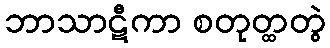
ဘာသာဋီကာ စတုတ္ထတွဲ